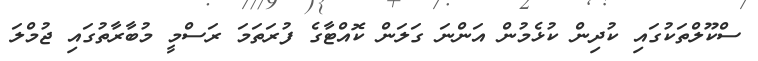
ސްކޫލްތަކުގައި ކުދިން ކުޅެމުން އަންނަ ގަލަން ކޮއްޓާގެ ފުރަތަމަ ރަސްމީ މުބާރާތުގައި ޖުމްލަ